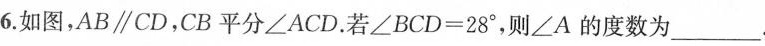
6.如图，AB/\kern -0.8em /CD，CB平分∠ACD.若∠BCD=28°，则∠A的度数为___.